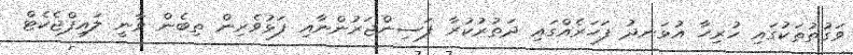
ވަގުތުތަކުގައި ހުރިހާ އުޅަނދު ފަހަރެއްގައި ދަތުރުކުރާ ފަސިންޖަރުންނާއި ފަޅުވެރިން ތިބެން ވާނީ ލައިފްޖެކެޓް